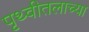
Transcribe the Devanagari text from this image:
पृथ्वीतलाच्या